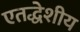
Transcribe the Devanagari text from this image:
एतद्धेशीय